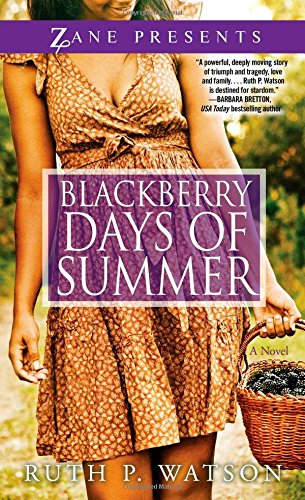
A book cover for Blackberry Days of Summer: A Novel (Zane Presents); Ruth P. Watson; Literature & Fiction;